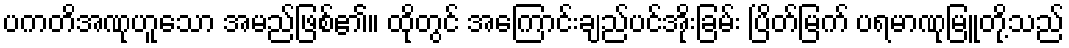
ပကတိအဏုဟူသော အမည်ဖြစ်၏။ ထိုတွင် အကြောင်းချည်ပင်အိုးခြမ်း ပြိတ်မြက် ပရမာဏုမြူတို့သည်